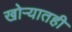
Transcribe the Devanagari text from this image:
खोर्‍यातही